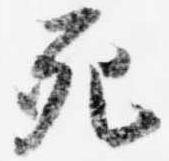
死